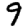
Digit: 9